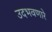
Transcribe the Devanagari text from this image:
उदभवणारे